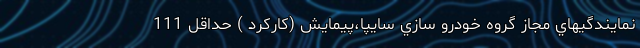
نمايندگيهاي مجاز گروه خودرو سازي سايپا،پيمايش (كاركرد ) حداقل 111